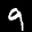
Label: 9